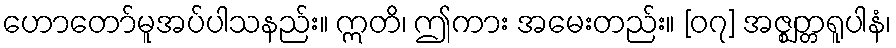
ဟောတော်မူအပ်ပါသနည်း။ ဣတိ၊ ဤကား အမေးတည်း။ [၀၇] အဇ္ဈတ္တရူပါနံ၊